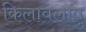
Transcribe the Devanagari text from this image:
किलावलावु